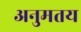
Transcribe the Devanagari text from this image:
अनुमतय